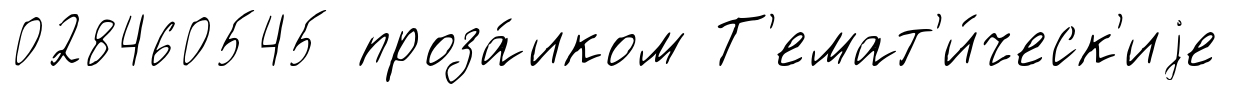
028460545 проза́иком Т'емат'и́ческ'иjе